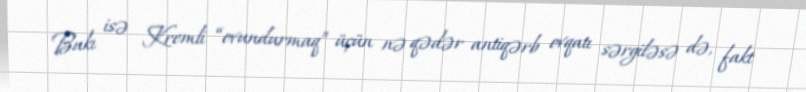
Bakı isə Kremli “ovundurmaq” üçün nə qədər antiqərb ovqatı sərgiləsə də, fakt